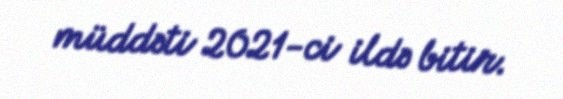
müddəti 2021-ci ildə bitir.